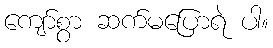
ကျော်စွာ ဆက်မပြောရဲ ပါ။